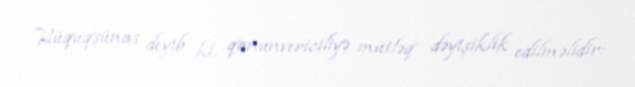
Hüquqşünas deyib ki, qanunvericiliyə mütləq dəyişiklik edilməlidir: